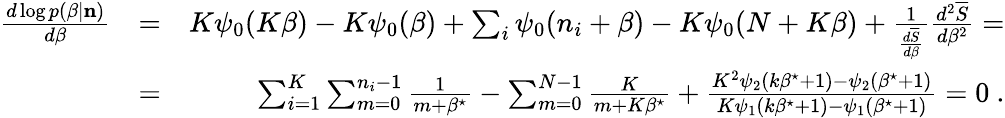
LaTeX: \begin{array}{rlr}{\frac{d\log p(\beta|{\mathbf n})}{d\beta}}&{=}&{K\psi_{0}(K\beta)-K\psi_{0}(\beta)+\sum_{i}\psi_{0}(n_{i}+\beta)-K\psi_{0}(N+K\beta)+\frac{1}{\frac{d\overline{{S}}}{d\beta}}\frac{d^{2}\overline{{S}}}{d\beta^{2}}=}\\ &{=}&{\sum_{i=1}^{K}\sum_{m=0}^{n_{i}-1}\frac{1}{m+\beta^{\star}}-\sum_{m=0}^{N-1}\frac{K}{m+K\beta^{\star}}+\frac{K^{2}\psi_{2}(k\beta^{\star}+1)-\psi_{2}(\beta^{\star}+1)}{K\psi_{1}(k\beta^{\star}+1)-\psi_{1}(\beta^{\star}+1)}=0~.}\end{array}